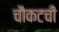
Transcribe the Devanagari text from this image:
चौकटची